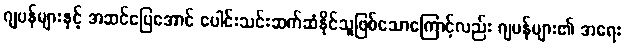
ဂျပန်များနှင့် အဆင်ပြေအောင် ပေါင်းသင်းဆက်ဆံနိုင်သူဖြစ်သောကြောင့်လည်း ဂျပန်များ၏ အရေး